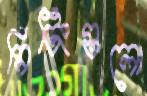
মিটিংগুলো